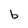
Character: b